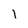
Character: l